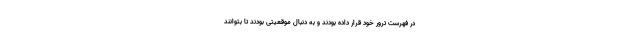
در فهرست ترور خود قرار داده بودند و به دنبال موقعیتی بودند تا بتوانند